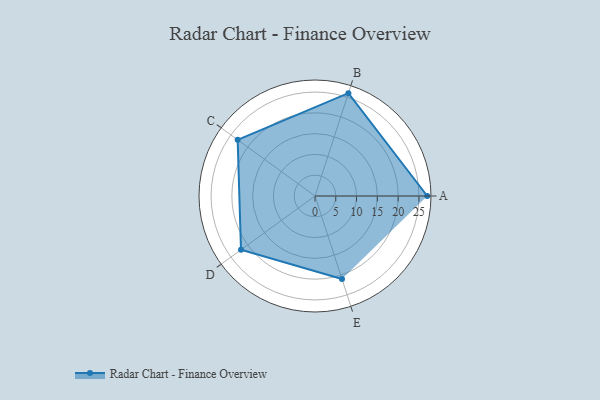
{"axis": {"x": "Skill", "y": "Score"}, "legend": ["Profile"], "data": [{"x": "A", "y": 27.0, "type": "Profile"}, {"x": "B", "y": 26.0, "type": "Profile"}, {"x": "C", "y": 23.0, "type": "Profile"}, {"x": "D", "y": 22.0, "type": "Profile"}, {"x": "E", "y": 21.0, "type": "Profile"}]}